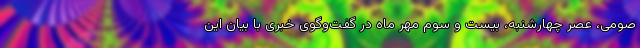
صومی، عصر چهارشنبه، بیست و سوم مهر ماه در گفت‌وگوی خبری با بیان این